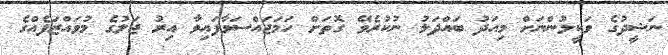
ނަޝީދުގެ ވަކީލުންނަށް މިއަދު ބައްދަލު ނުކުރެވޭ ގޮތަށް ހަމަޖައްސަވާފައިވާ އިރު ޖަލުގެ މުވައްޒަފެއްގެ